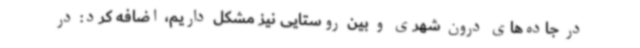
در جاده‌های درون شهری و بین روستایی نیز مشکل داریم، اضافه کرد: در